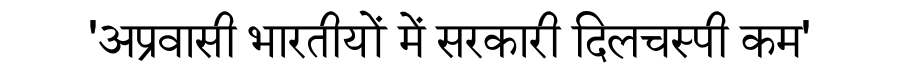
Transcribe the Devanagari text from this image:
'अप्रवासी भारतीयों में सरकारी दिलचस्पी कम'